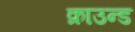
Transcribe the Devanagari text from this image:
क्राउन्ड